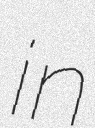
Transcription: in